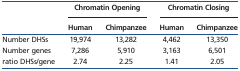
|  | <COLSPAN=2> Chromatin Opening | <COLSPAN=2> Chromatin Closing |
 |  | Human | Chimpanzee | Human | Chimpanzee |
 | --- | --- | --- | --- | --- |
 | Number DHSs | 19,974 | 13,282 | 4,462 | 13,350 |
 | Number genes | 7,286 | 5,910 | 3,163 | 6,501 |
 | ratio DHSs/gene | 2.74 | 2.25 | 1.41 | 2.05 |